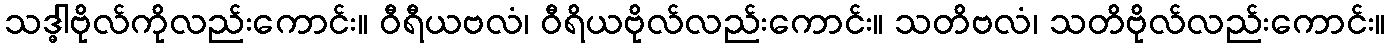
သဒ္ဓါဗိုလ်ကိုလည်းကောင်း။ ဝီရီယဗလံ၊ ဝီရိယဗိုလ်လည်းကောင်း။ သတိဗလံ၊ သတိဗိုလ်လည်းကောင်း။